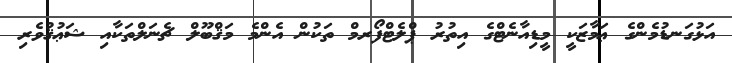
އަޅުގަނޑުމެންގެ ޢަމާޒަކީ މީޑިއާނެޓްގެ އިތުރު ޕްލެޓްފޯރމް ތަކުން އެންމެ މަޤްބޫލް ޗެނަލްތަކާއި ޝަޢުޤުވެރި